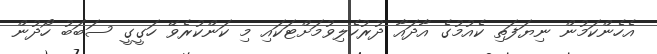
އެހެންކަމުން ނިޔަފަތި ކެއުމުގެ އާދައާ ދުރުހެލިވުމަށްޓަކައި މި ކަންކުރެވޭ ހަގީގީ ސަބަބު ހޯދުން